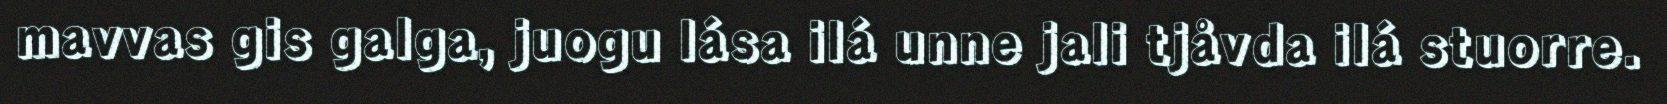
mavvas gis galga, juogu lása ilá unne jali tjåvda ilá stuorre.